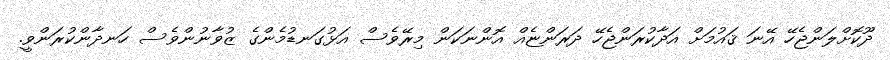
ދޫކޮށްލަންޖެހޭ އޭނަ ޤައުމަށް އަދާކުރަންޖެހޭ ދަރަންޏެއް އޮންނަކަން މިރޭވެސް އަޅުގަނޑުމެންގެ ޒުވާނުންވެސް ހަނދާންކުރަންވީ.